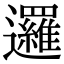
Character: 邏